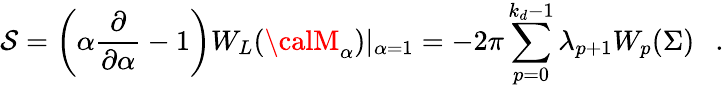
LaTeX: \mathcal{S}=\left(\alpha{\frac{{\partial}}{{\partial\alpha}}}-1\right)W_{L}({\calM}_{\alpha})|_{\alpha=1}=-2\pi\sum_{p=0}^{k_{d}-1}\lambda_{p+1}W_{p}(\Sigma)~~~.